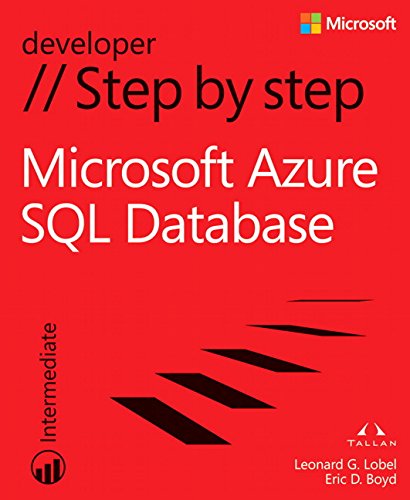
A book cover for Microsoft Azure SQL Database Step by Step (Step by Step Developer); Leonard G. Lobel; Computers & Technology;